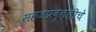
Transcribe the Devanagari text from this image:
सहजप्रवृत्तीचे